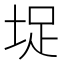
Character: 𭎣